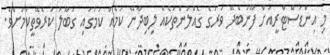
މި އިންޑަސްޓްރީއަށް ފޫނުބެދޭ ވަރުގެ ގެއްލުންތަކެއް ލިބިދާނޭ ކަމެއް ކަމުގައި ގަބޫލު ކުރެވޭތީކަމަށެވެ.